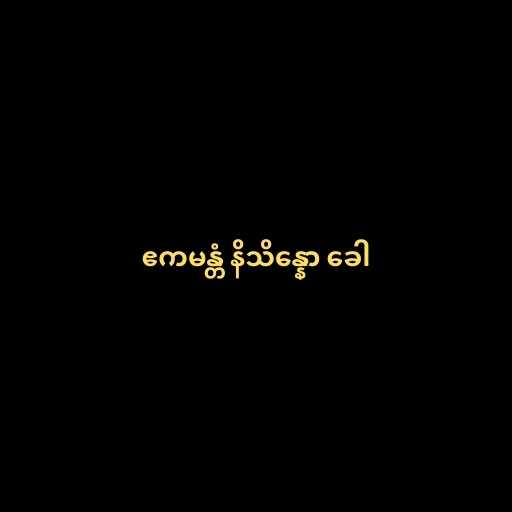
ဧကမန္တံ နိသိန္နော ခေါ